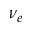
\nu _ { e }